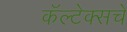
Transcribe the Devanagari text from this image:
कॅल्टेक्सचे